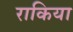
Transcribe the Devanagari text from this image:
राकिया